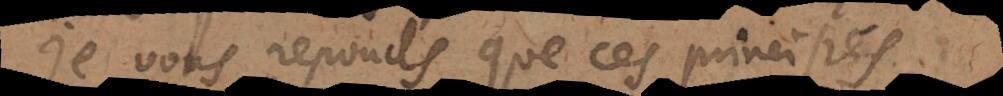
Je vous reponds que ces principes